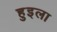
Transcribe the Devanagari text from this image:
हुइला